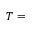
T =